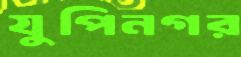
যুপিনগর